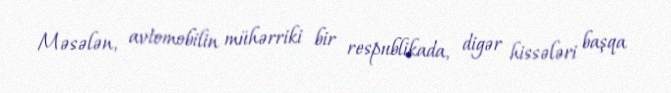
Məsələn, avtomobilin mühərriki bir respublikada, digər hissələri başqa